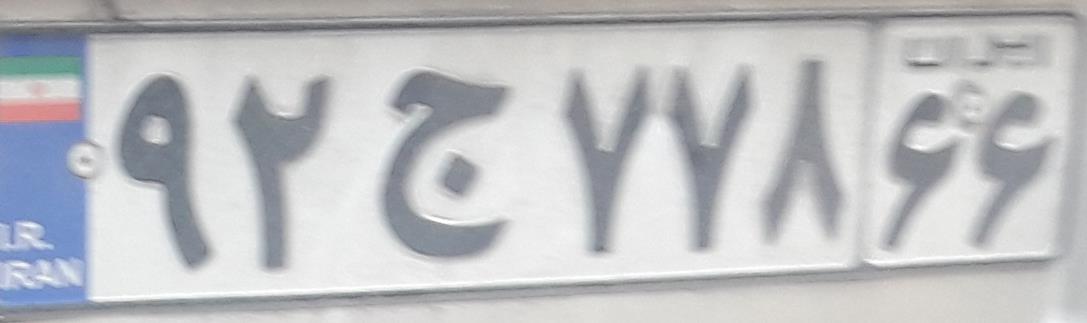
۹۲ج۷۷۸۶۶